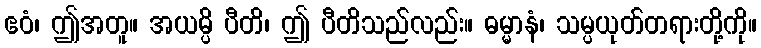
ဧဝံ၊ ဤအတူ။ အယမ္ပိ ပီတိ၊ ဤ ပီတိသည်လည်း။ ဓမ္မာနံ၊ သမ္ပယုတ်တရားတို့ကို။